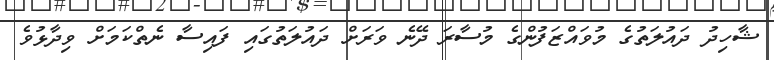
ޝާހިދު ދައުލަތުގެ މުވައްޒަފުންގެ މުސާރަ ދޭނެ ވަރަށް ދައުލަތުގައި ފައިސާ ނެތްކަމަށް ވިދާޅުވެ